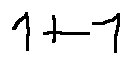
1 + 1